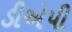
ડીએપી